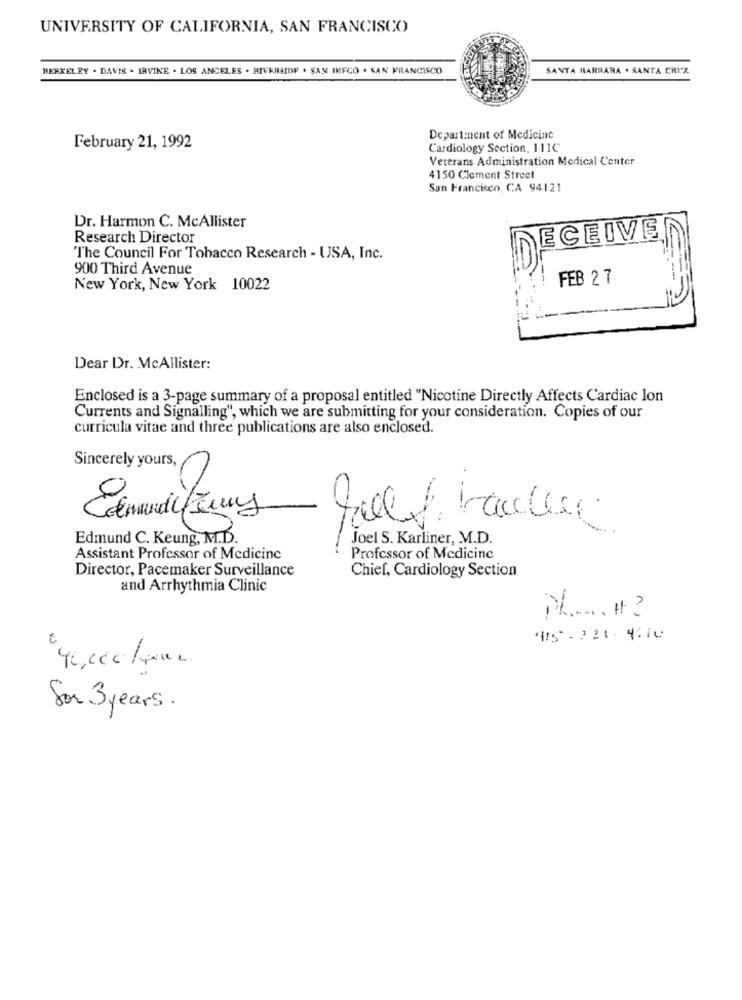
UNIVERSITY OF CALIFORNIA, SAN FRANCISCO
BERKELEY . DAVIS . IRVINE . LOS ANGELES . RIVERSIDE . SAN IMECO . SAN FRANCISCO
SANTA HARRARA . SANTA CRUZ
Department of Medicine
February 21, 1992
Cardiology Section, 1110
Veterans Administration Medical Center
4150 Clement Street
San Francisco, CA 94121
Dr. Harmon C. McAllister
Research Director
ECEIVE
The Council For Tobacco Research - USA, Inc.
900 Third Avenue
FEB 2 7
New York, New York 10022
Dear Dr. McAllister:
Enclosed is a 3-page summary of a proposal entitled "Nicotine Directly Affects Cardiac lon
Currents and Signalling", which we are submitting for your consideration. Copies of our
curricula vitae and three publications are also enclosed.
Sincerely yours,
-
Edmundierny
Edmund C. Keung, M.D.
Joel S. Karliner, M.D.
Assistant Professor of Medicine
Professor of Medicine
Director, Pacemaker Surveillance
Chief, Cardiology Section
and Arrhythmia Clinic
N .... #?
15- 221. 4:10
Nº
Sor 3 years.